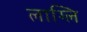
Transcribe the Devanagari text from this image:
लाग्लि